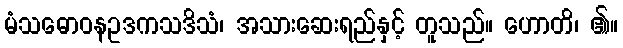
မံသဓောဝနဥဒကသဒိသံ၊ အသားဆေးရည်နှင့် တူသည်။ ဟောတိ၊ ၏။